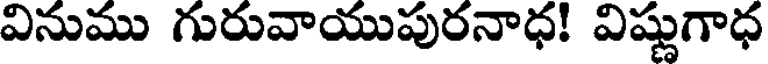
వినుము గురువాయుపురనాధ! విష్ణుగాధ